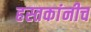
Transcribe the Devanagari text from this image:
हस्तकांनीच